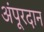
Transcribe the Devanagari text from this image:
अंपूरदान